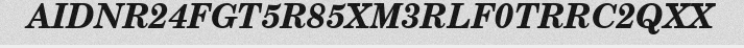
AIDNR24FGT5R85XM3RLF0TRRC2QXX